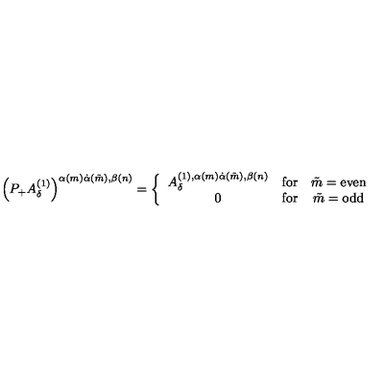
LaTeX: \left( P _ { + } A _ { \delta } ^ { ( 1 ) } \right) ^ { \alpha ( m ) \dot { \alpha } ( \tilde { m } ) , \beta ( n ) } = \left\{ \begin{array} { c c c } { A _ { \delta } ^ { ( 1 ) , \alpha ( m ) \dot { \alpha } ( \tilde { m } ) , \beta ( n ) } } & { \mathrm { f o r } } & { \tilde { m } = \mathrm { e v e n } } \\ { 0 } & { \mathrm { f o r } } & { \tilde { m } = \mathrm { o d d } } \\ \end{array} \right.